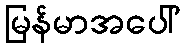
မြန်မာအပေါ်